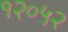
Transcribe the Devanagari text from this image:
१२०५२